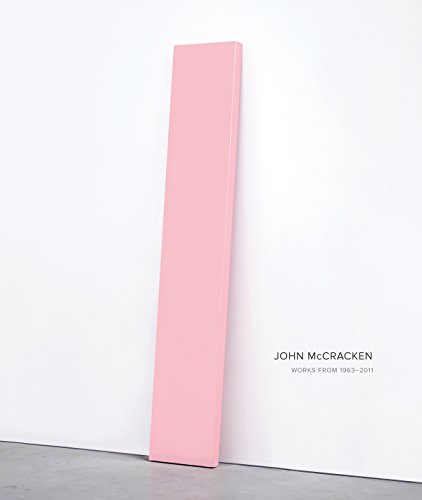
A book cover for John McCracken: Works from 1963-2011; Robin Clark; Arts & Photography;